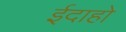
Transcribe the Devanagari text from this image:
ईदाहो